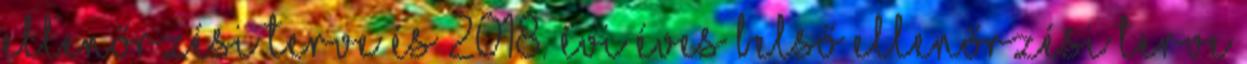
ellenőrzési terve és 2018. évi éves belső ellenőrzési terve